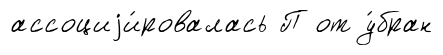
ассоциjи́ровалась П от у́бран